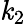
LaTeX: \mathit{k}_{2}